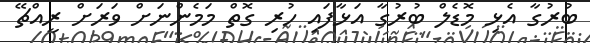
ބުރުގާ އެޅި މޮޑެލް ބުރުގާ އަޅާފައި ހުރި ގޮތް މަމެންނަށް ވަރަށް ރީއްޗޭ